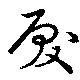
戻